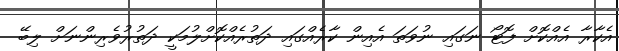
އެކާރާ އެއްކޮށް ފޮޓޯ ނަގައި ނުވަތަ އެއިން ކާރެއްގައި ދަތުރެއްކޮށްލުމަކީ ދަތުރުވެރިންނަށް ލިބޭ